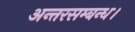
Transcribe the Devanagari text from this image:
अन्तरसम्बन्ध।